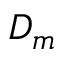
D _ { m }